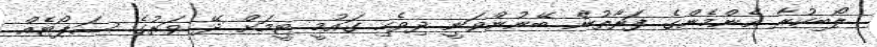
ލޯބިކުރާ އެންމެންގެ ފަރާތުން ބޭނުންވަނީ ދިވެހި ގައުމީ ޓީމަށް ދޭ ވަރުގެ ސަޕޯޓެއް